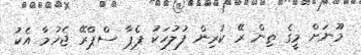
މޫނަށް މީގެ ތިން ރޭ ކުރިން ފުލުހަކު ޕެޕާ ސްޕްރޭ ޖެހުމާ އެކު